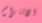
الالتزام